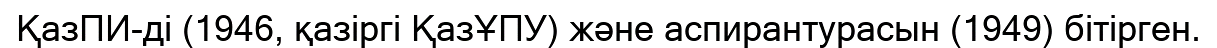
ҚазПИ-ді (1946, қазіргі ҚазҰПУ) және аспирантурасын (1949) бітірген.